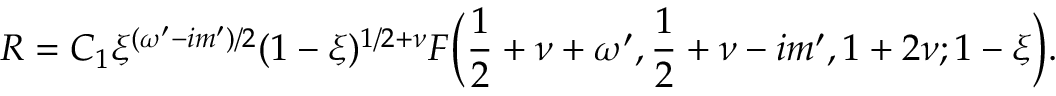
R = C _ { 1 } \xi ^ { ( \omega ^ { \prime } - i m ^ { \prime } ) / 2 } ( 1 - \xi ) ^ { 1 / 2 + \nu } F \bigg ( \frac 1 2 + \nu + \omega ^ { \prime } , \frac 1 2 + \nu - i m ^ { \prime } , 1 + 2 \nu ; 1 - \xi \bigg ) .